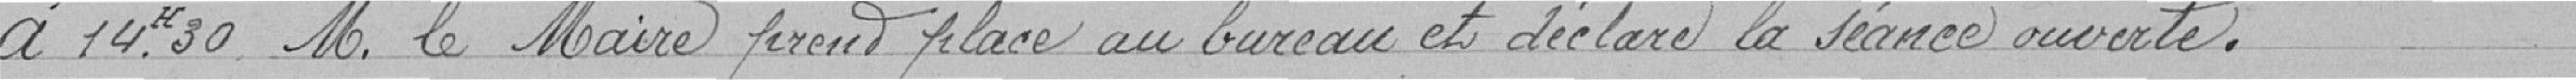
à 14 heures 30, Monsieur le Maire prend place au bureau et déclare la séance ouverte.